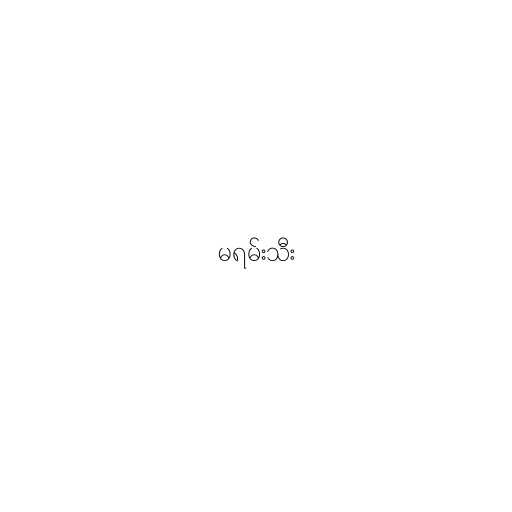
မရမ်းသီး